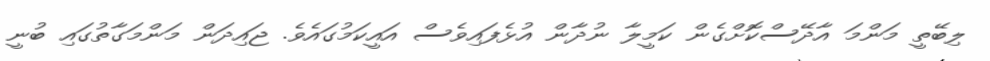
ލިބޭތީ މަންމަ އާދޭސްކޮށްގެން ކަމީލާ ނުދާން އުޅެފައިވެސް އައީކަމުގައެވެ. ޖައިދަން މަންމަގާތުގައި ބުނީ